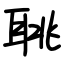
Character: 聎